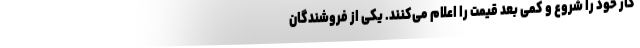
کار خود را شروع و کمی بعد قیمت را اعلام می‌کنند. یکی از فروشندگان